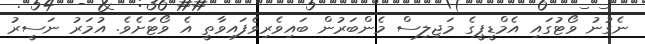
ނެގުނު ވޯޓުގައި އެމްޑީޕީގެ މަޖިލިސް މެންބަރުން ބައިވެރިވެފައިވާތީ އެ ވޯޓަށެވެ. އުމަރު ނަސީރު